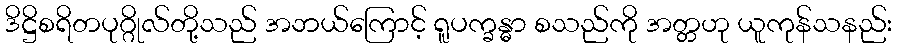
ဒိဋ္ဌိစရိတပုဂ္ဂိုလ်တို့သည် အဘယ်ကြောင့် ရူပက္ခန္ဓာ စသည်ကို အတ္တဟု ယူကုန်သနည်း